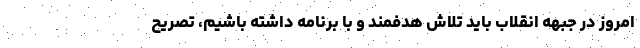
امروز در جبهه انقلاب باید تلاش هدفمند و با برنامه داشته باشیم، تصریح